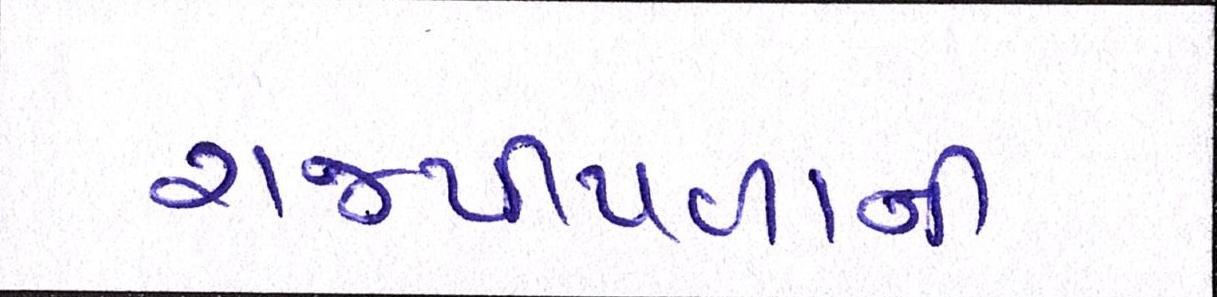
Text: રાજપીપળાની